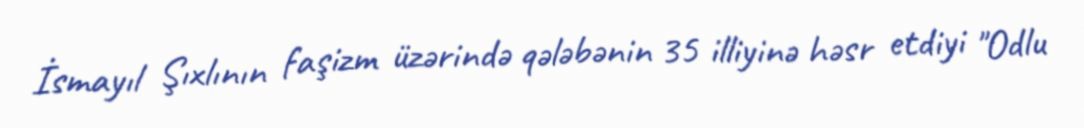
İsmayıl Şıxlının faşizm üzərində qələbənin 35 illiyinə həsr etdiyi "Odlu